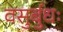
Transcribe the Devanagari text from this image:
वसुर्बुधः